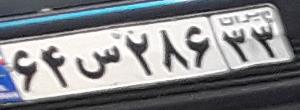
۶۴س۲۸۶۳۳